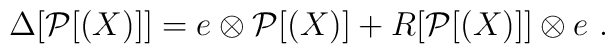
\Delta[\mathcal{P}[(X)]]= e \otimes \mathcal{P}[(X)] + R[\mathcal{P}[(X)]] \otimes e ~.